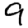
Digit: 9